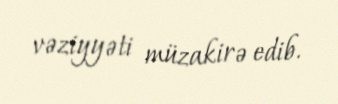
vəziyyəti müzakirə edib.